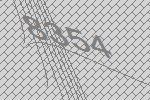
8354